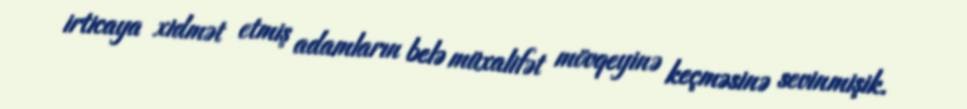
irticaya xidmət etmiş adamların belə müxalifət mövqeyinə keçməsinə sevinmişik.